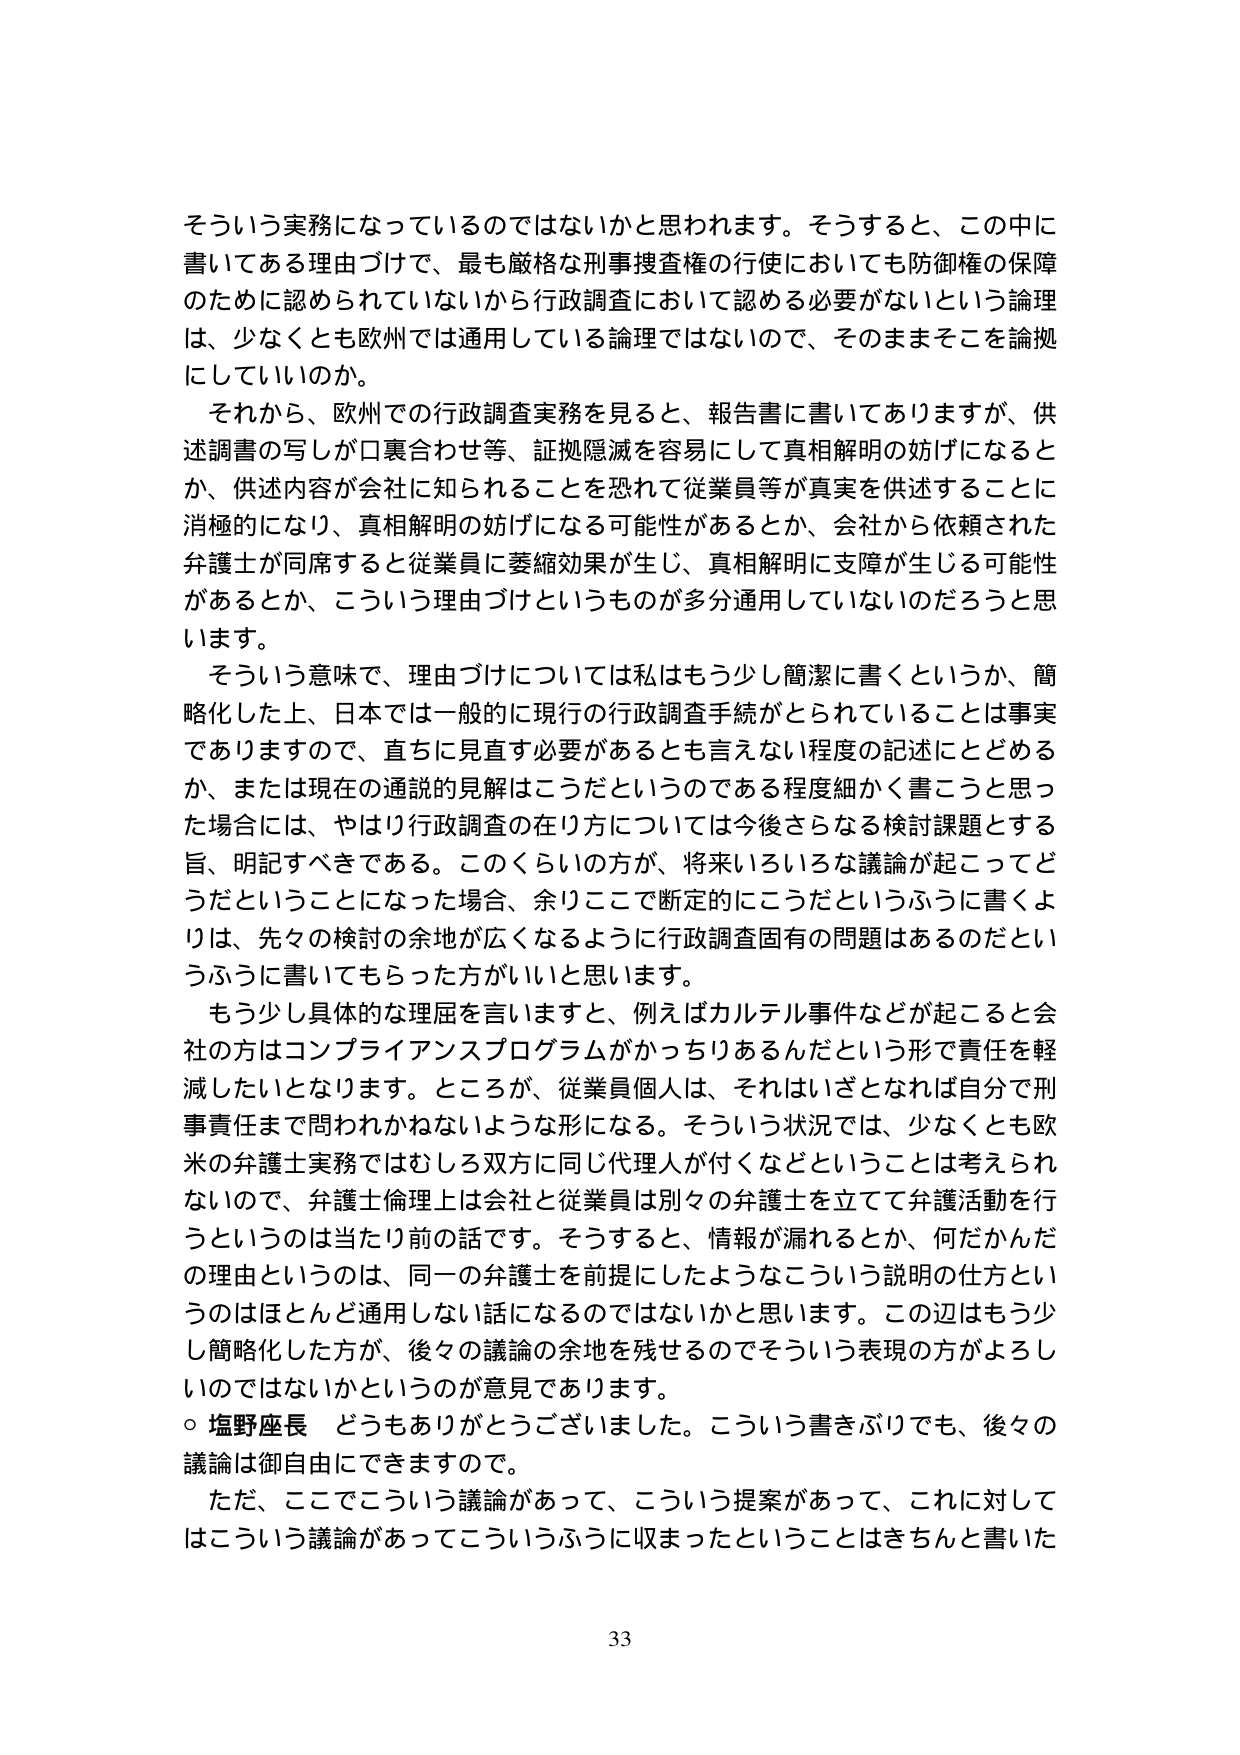
そういう実務になっているのではないかと思われます。そうすると、この中に書いてある理由づけで、最も厳格な刑事捜査権の行使においても防御権の保障のために認められていないから行政調査において認める必要がないという論理は、少なくとも欧州では通用している論理ではないので、そのままそこを論拠にしていいのか。

それから、欧州での行政調査実務を見ると、報告書に書いてありますが、供述調書の写しが口裏合わせ等、証拠隠滅を容易にして真相解明の妨げになるとか、供述内容が会社に知られることを恐れて従業員等が真実を供述することに消極的になり、真相解明の妨げになる可能性があるとか、会社から依頼された弁護士が同席すると従業員に萎縮効果が生じ、真相解明に支障が生じる可能性があるとか、こういう理由づけというものが多分通用していないのだろうと思います。

そういう意味で、理由づけについては私はもう少し簡潔に書くというか、簡略化した上、日本では一般的に現行の行政調査手続がとられていることは事実でありますので、直ちに見直す必要があるとも言えない程度の記述にとどめるか、または現在の通説的見解はこうだというのである程度細かく書こうと思った場合には、やはり行政調査の在り方については今後さらなる検討課題とする旨、明記すべきである。このくらいの方が、将来いろいろな議論が起こってどうだということになった場合、余りここで断定的にこうだというふうに書くよりは、先々の検討の余地が広くなるように行政調査固有の問題はあるのだというふうに書いてもらった方がいいと思います。

もう少し具体的な理屈を言いますと、例えばカルテル事件などが起こると会社の方はコンプライアンスプログラムがかっちりあるんだという形で責任を軽減したいとなります。ところが、従業員個人は、それはいざとなれば自分で刑事責任まで問われかねないような形になる。そういう状況では、少なくとも欧米の弁護士実務ではむしろ双方に同じ代理人が付くなどということは考えられないので、弁護士倫理上は会社と従業員は別々の弁護士を立てて弁護活動を行うというのは当たり前のことです。そうすると、情報が漏れるとか、何だかんだの理由というのは、同一の弁護士を前提にしたようなこういう説明の仕方というのはほとんど通用しない話になるのではないかと思います。この辺はもう少し簡略化した方が、後々の議論の余地を残せるのでそういう表現の方がよろしいのではないかというのが意見であります。

○ 塩野座長 どうもありがとうございました。こういう書きぶりでも、後々の議論は御自由にできますので。

ただ、ここでこういう議論があって、こういう提案があって、これに対してはこういう議論があってこういうふうに収まったということはきちんと書いた

33